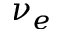
\nu _ { e }